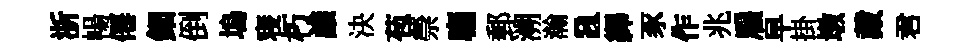
浙暢僊鈿倒塢寝朽議決苞禜麕郵溯瀚a繹豕作兆雇早掛墩戴君